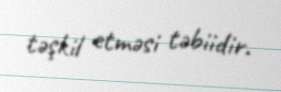
təşkil etməsi təbiidir.